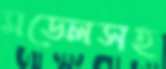
মডেলসহ